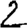
Digit: 2